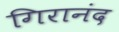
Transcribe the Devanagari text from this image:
गिरानंद